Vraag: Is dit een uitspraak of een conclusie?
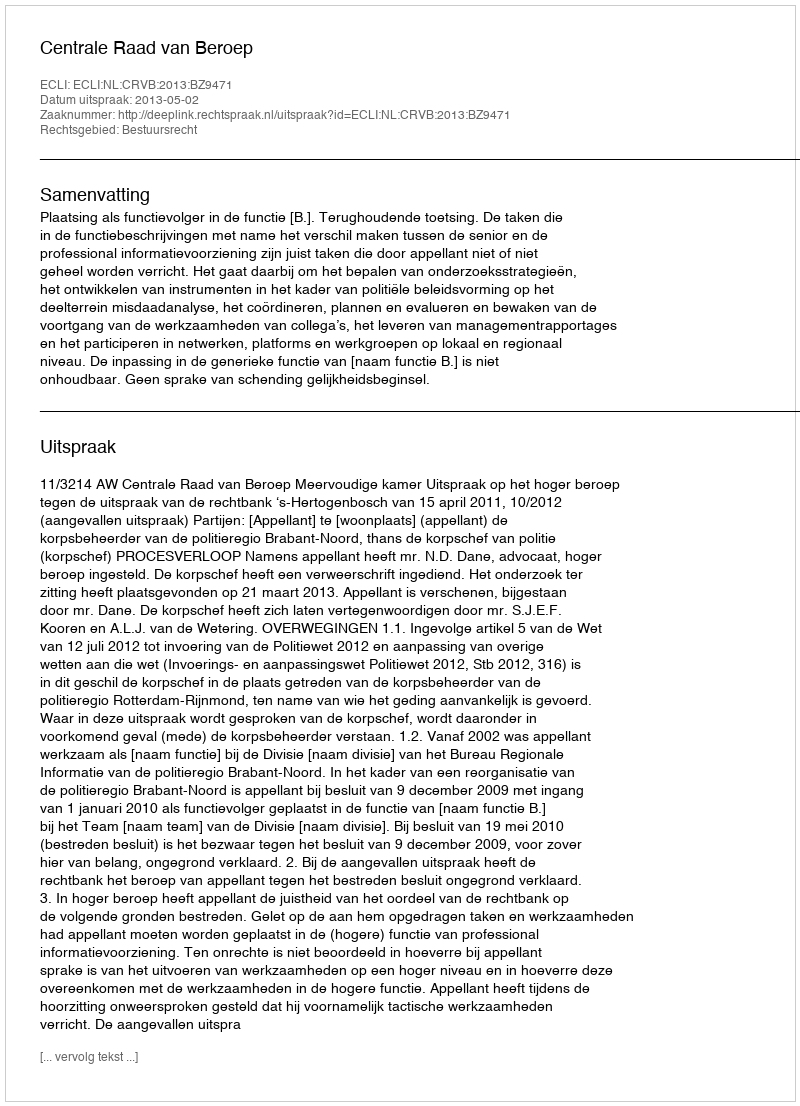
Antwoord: Uitspraak